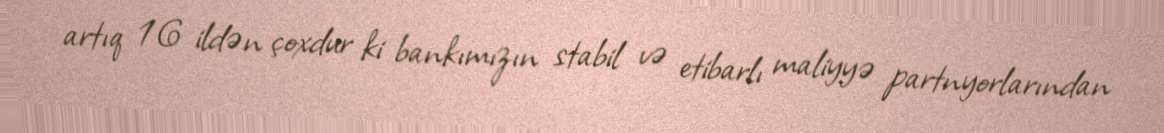
artıq 16 ildən çoxdur ki bankımızın stabil və etibarlı maliyyə partnyorlarından